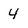
Character: 4